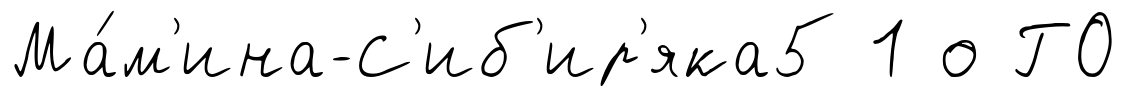
Ма́м'ина-С'иб'ир'яка5 1 о ГО